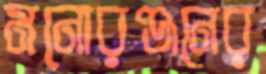
মনোরঞ্জনের